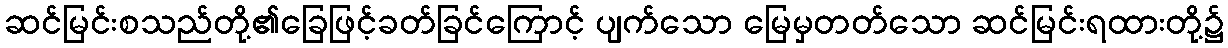
ဆင်မြင်းစသည်တို့၏ခြေဖြင့်ခတ်ခြင်ကြောင့် ပျက်သော မြေမှတတ်သော ဆင်မြင်းရထားတို့၌